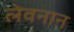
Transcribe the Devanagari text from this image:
लेवनान